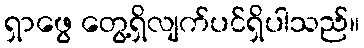
ရှာဖွေ တွေ့ရှိလျက်ပင်ရှိပါသည်။